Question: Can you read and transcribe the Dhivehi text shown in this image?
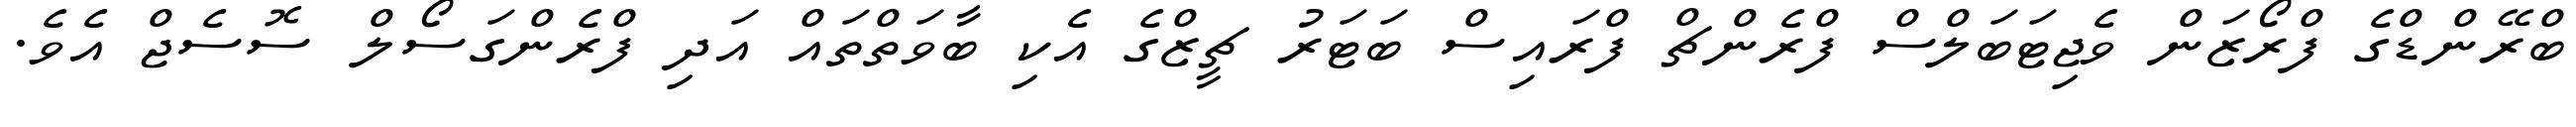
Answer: ބްރޭންޑްގެ ފްރޯޒަން ވެޖިޓަބަލްސް ފްރެންޗް ފްރައިސް ބަޓަރު ޗީޒްގެ އެކި ބާވަތްތައް އަދި ފްރެންގަސޯލް ސޮސެޖް އެވެ.